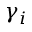
\gamma _ { i }